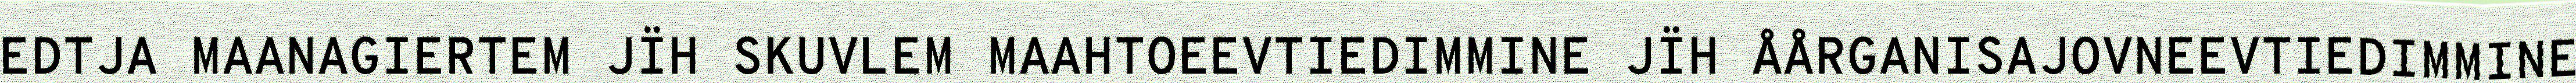
EDTJA MAANAGIERTEM JÏH SKUVLEM MAAHTOEEVTIEDIMMINE JÏH ÅÅRGANISAJOVNEEVTIEDIMMINE